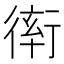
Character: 𧗵